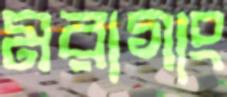
মরাগাং